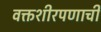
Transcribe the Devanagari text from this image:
वक्तशीरपणाची